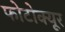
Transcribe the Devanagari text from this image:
फोटोक्यूर